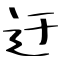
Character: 迂